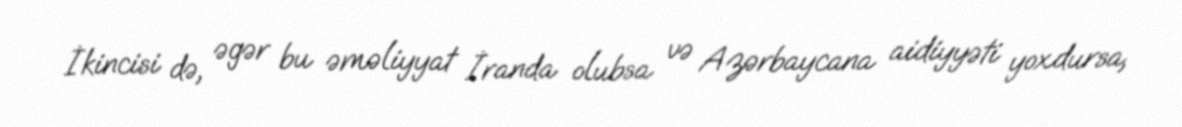
İkincisi də, əgər bu əməliyyat İranda olubsa və Azərbaycana aidiyyəti yoxdursa,